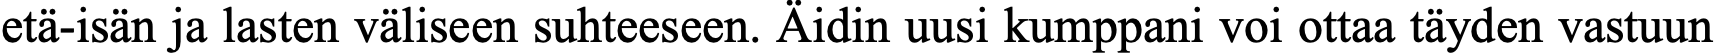
etä-isän ja lasten väliseen suhteeseen. Äidin uusi kumppani voi ottaa täyden vastuun